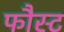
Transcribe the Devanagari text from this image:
फौस्ट